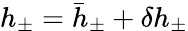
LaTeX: h_{\pm}=\bar{h}_{\pm}+\delta h_{\pm}